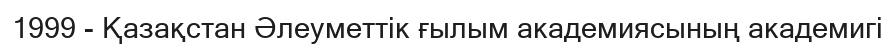
1999 - Қазақстан Әлеуметтік ғылым академиясының академигі